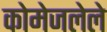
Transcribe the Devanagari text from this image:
कोमेजलेले